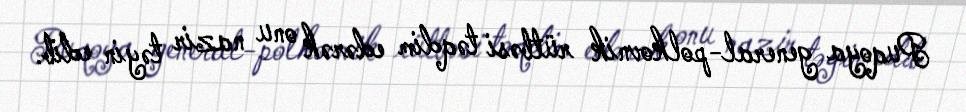
Puqoya general-polkovnik rütbəsi təqdim edərək onu nazir təyin edib.